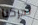
تحركنا